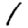
Digit: 1